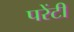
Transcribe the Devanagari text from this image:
परेंटी